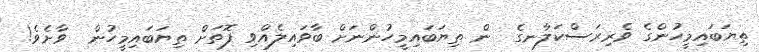
ތިޔަބައިމީހުންގެ ވެރިރަސްކަލާނގެ  ން ތިޔަބައިމީހުންނަށް ބާވައިލެއްވި ފޮތަށް ތިޔަބައިމީހުން  ވާށެވެ!